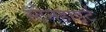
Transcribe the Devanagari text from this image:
स्टेनहार्ड्ट